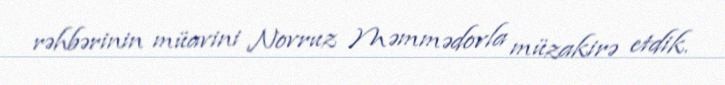
rəhbərinin müavini Novruz Məmmədovla müzakirə etdik.